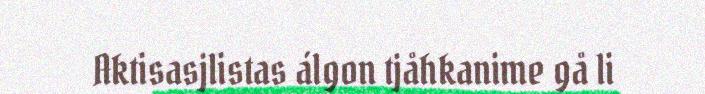
Aktisasjlistas álgon tjåhkanime gå li